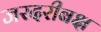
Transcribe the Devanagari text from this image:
जरदरीबक्ष